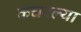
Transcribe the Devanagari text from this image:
कचरल्या